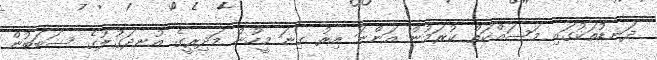
ދަނޑުތަކުގައި މަސައްކަތް ކުރަމުން އަންނަ އިރު ގިނަ މީހުން މަދިރީގެ އުނދަގުލުގެެ ސަބަބުން